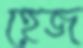
হেজ